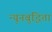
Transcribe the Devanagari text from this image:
न्यूनबुद्धिता